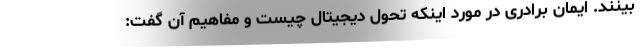
بینند. ایمان برادری در مورد اینکه تحول دیجیتال چیست و مفاهیم آن گفت: